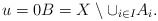
\begin{align*}u=0 B = X\setminus \cup_{i\in I} A_i.\end{align*}